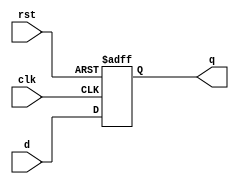

`timescale 1ns/1ns

module FlipFlop(
    input clk, 
    input rst, 
    input d,
    output reg q
);
    always @(posedge clk or posedge rst) begin
        if(rst == 1)
            q<=0;
        else
            q<=d;
    end

endmodule